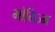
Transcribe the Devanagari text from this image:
मोनिज्म